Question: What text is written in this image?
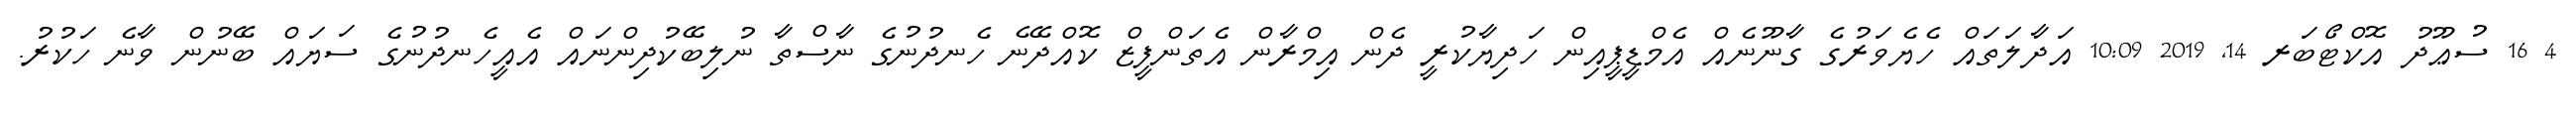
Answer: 4 16 ސުޢޫދު އޮކްޓޯބަރ 14, 2019 10:09 އަދާލަތައް ހެޔެވަރުގެ ގާނޫނެއް އެމްޑީޕީއިން ހަދިޔާކުރީ ދެން އިމްރާން އެތަންފީޒް ކޮއްދޭނެ ހެނދުނުގެ ނާސްތާ ނުލިބޭކުދިންނައް އެއީހެނދުނުގެ ސަޔައް ބޭނުން ވާނެ ހަކުރު.